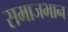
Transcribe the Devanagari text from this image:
समाजभान